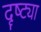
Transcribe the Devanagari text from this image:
दॄष्ट्या